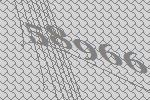
58966